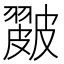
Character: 𥀘